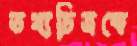
তথ্যচিত্রকে